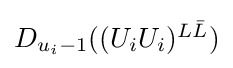
{\textstyle D_{u_{i}-1}((U_{i}U_{i})^{L{\bar {L}}})}